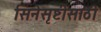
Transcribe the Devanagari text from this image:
सिनेसृष्टीसाठी